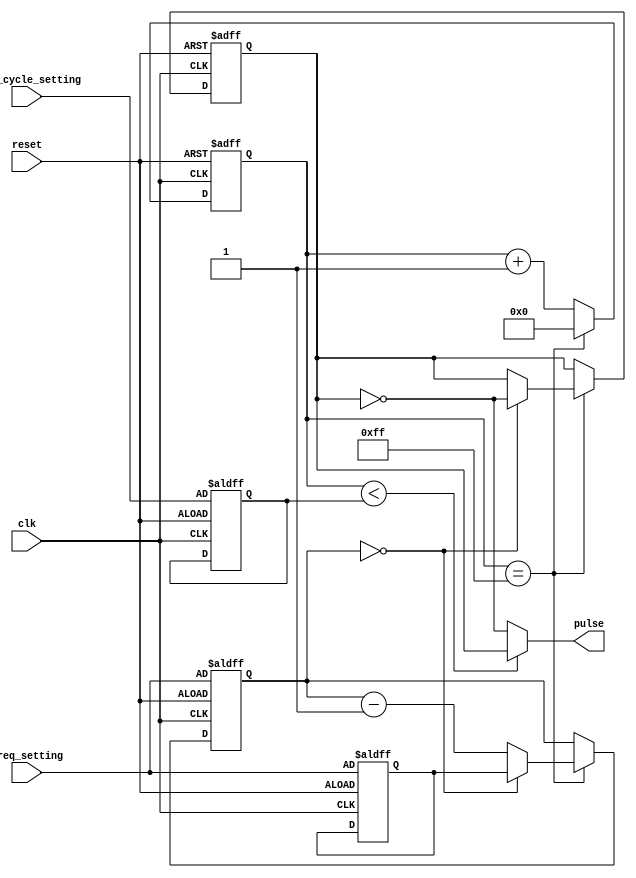
module variable_frequency_pulse_generator(
    input wire clk,
    input wire reset,
    input wire [7:0] freq_setting,
    input wire [7:0] duty_cycle_setting,
    output reg pulse
);

reg [7:0] counter;
reg [7:0] freq_divider;
reg state_machine;
reg [7:0] freq_setting_reg;
reg [7:0] duty_cycle_setting_reg;

always @(posedge clk or posedge reset) begin
    if(reset) begin
        counter <= 8'h00;
        freq_divider <= freq_setting;
        state_machine <= 1'b0;
        freq_setting_reg <= freq_setting;
        duty_cycle_setting_reg <= duty_cycle_setting;
    end else begin
        if(counter == 8'hFF) begin
            counter <= 8'h00;
            if(freq_divider == 8'h00) begin
                freq_divider <= freq_setting_reg;
                state_machine <= ~state_machine;
            end else begin
                freq_divider <= freq_divider - 1;
            end
        end else begin
            counter <= counter + 1;
        end
    end
end

assign pulse = (counter < duty_cycle_setting_reg) ? state_machine : ~state_machine;

endmodule